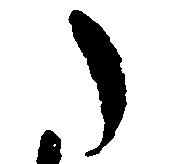
た